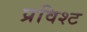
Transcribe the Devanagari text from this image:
प्रविश्ट